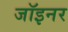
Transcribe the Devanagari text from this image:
जॉइनर